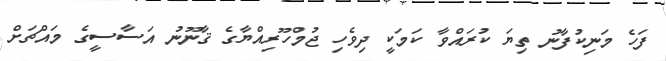
ފަހެ މަނިކުފާނު ތިޔަ ކުރައްވާ ކަމަކީ ދިވެހި ޖުމްހޫރިއްޔާގެ ޤާނޫނު އަސާސީގެ މައްޗަށް